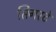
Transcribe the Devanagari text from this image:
सिगरटें